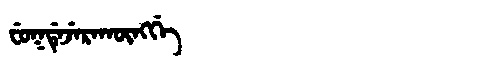
Manchu: ᠸᡠᡴᡩᡝᠵᡝᡵᠠᡴᡡᠩᡤᡝ
Romanization: FUKDEJERAKŪNGGE